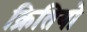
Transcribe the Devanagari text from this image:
क्रितियो